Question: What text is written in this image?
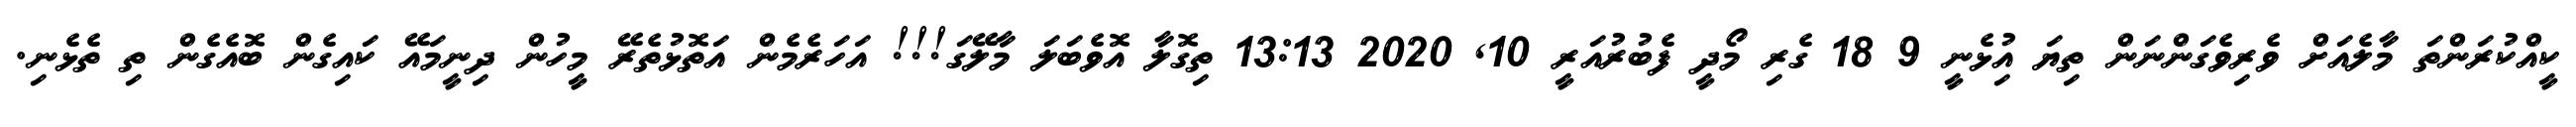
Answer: ކީއްކުރަންތަ މާލެއަށް ވެރިވެގަންނަން ތިޔަ އިުޅެނީ 9 18 ގެރި މޯދީ ފެބުރުއަރީ 10, 2020 13:13 ތިގޮލާ އޮވެބަލަ މާލޭގަ!!! އަހަރެމެން އަތޮޅުތެރޭ މީހުން ދިނީމައޭ ކައިގެން ބޮއެގެން ތި ތެޅެނި.